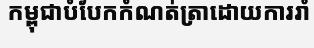
កម្ពុជាបំបែកកំណត់ត្រាដោយការរាំ